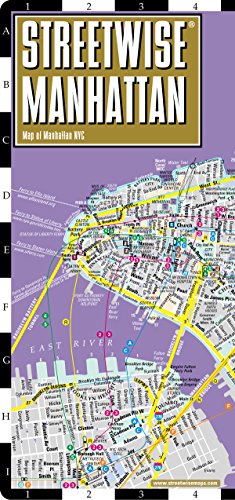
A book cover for Streetwise Manhattan Map - Laminated City Street Map of Manhattan, New York - Folding pocket size travel map with subway map, bus map; Streetwise Maps; Reference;